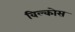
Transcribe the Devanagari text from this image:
विल्कोस